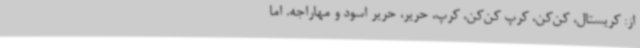
از: کریستال، کن‌کن، کرپ کن‌کن، کرپ، حریر، حریر اسود و مهاراجه. اما